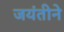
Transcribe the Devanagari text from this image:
जयंतीने